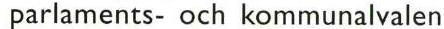
 parlaments- och kommunalvalen